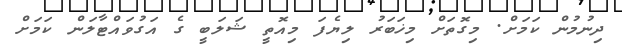
ދިނުމުން ކަމަށް. މިގޮތަށް މިޚަބަރު ލިޔެފަ މިއޮތީ ޝަލަބީ ގެ އަގުވައްޓާލަން ކަމަށް